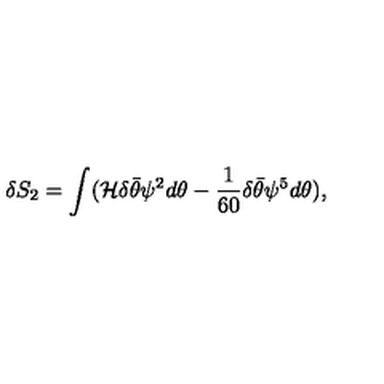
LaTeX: \delta S _ { 2 } = \int ( { \cal H } \delta \bar { \theta } \psi ^ { 2 } d \theta - { \frac { 1 } { 6 0 } } \delta \bar { \theta } \psi ^ { 5 } d \theta ) ,